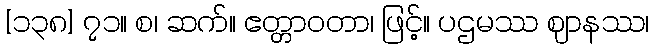
[၁၃၈] ၇၁။ စ၊ ဆက်။ ဧတ္တာဝတာ၊ ဖြင့်။ ပဌမဿ ဈာနဿ၊